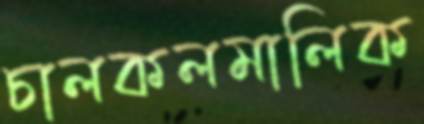
চালকলমালিক